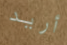
أريد